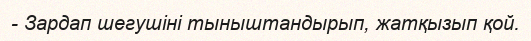
- Зардап шегушіні тыныштандырып, жатқызып қой.